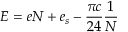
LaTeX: E = e N + e _ { s } - \frac { \pi c } { 2 4 } \frac { 1 } { N }